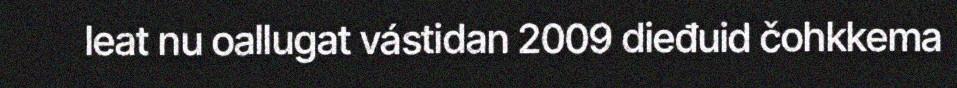
leat nu oallugat vástidan 2009 dieđuid čohkkema